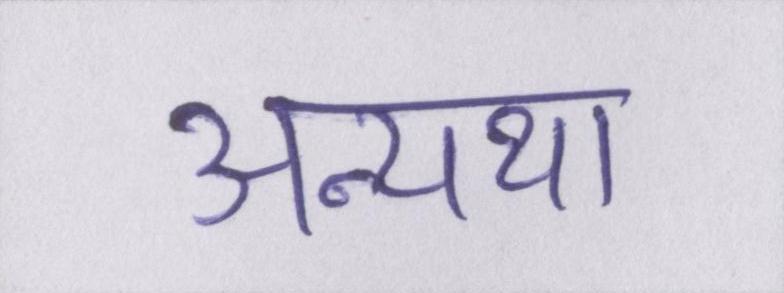
अन्यथा